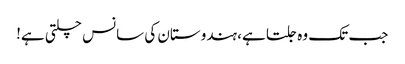
جب تک وہ جلتا ہے، ہندوستان کی سانس چلتی ہے!